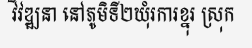
វិវឌ្ឍនា នៅភូមិទី២ឃុំរការខ្នុរ ស្រុក